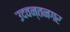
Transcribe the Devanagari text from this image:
उदवन्तनगर